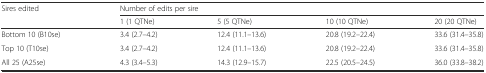
<table><thead><tr><td rowspan="2"><b>Sires edited</b></td><td colspan="4"><b>Number of edits per sire</b></td></tr><tr><td><b>1 (1 QTNe)</b></td><td><b>5 (5 QTNe)</b></td><td><b>10 (10 QTNe)</b></td><td><b>20 (20 QTNe)</b></td></tr></thead><tbody><tr><td>Bottom 10 (B10se)</td><td>3.4 (2.7–4.2)</td><td>12.4 (11.1–13.6)</td><td>20.8 (19.2–22.4)</td><td>33.6 (31.4–35.8)</td></tr><tr><td>Top 10 (T10se)</td><td>3.4 (2.7–4.2)</td><td>12.4 (11.1–13.6)</td><td>20.8 (19.2–22.4)</td><td>33.6 (31.4–35.8)</td></tr><tr><td>All 25 (A25se)</td><td>4.3 (3.4–5.3)</td><td>14.3 (12.9–15.7)</td><td>22.5 (20.5–24.5)</td><td>36.0 (33.8–38.2)</td></tr></tbody></table>